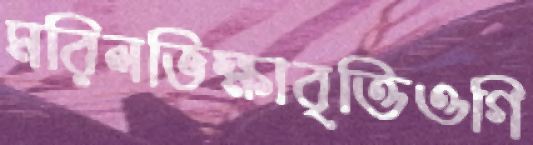
মরিলভিক্ষাবৃত্তিওগি